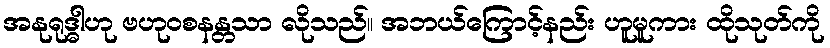
အနုရုဒ္ဓါဟု ဗဟုဝစနန္တသာ လိုသည်။ အဘယ်ကြောင့်နည်း ဟူမူကား ထိုသုတ်ကို